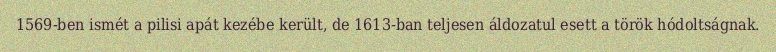
1569-ben ismét a pilisi apát kezébe került, de 1613-ban teljesen áldozatul esett a török hódoltságnak.